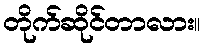
တိုက်ဆိုင်တာလား။